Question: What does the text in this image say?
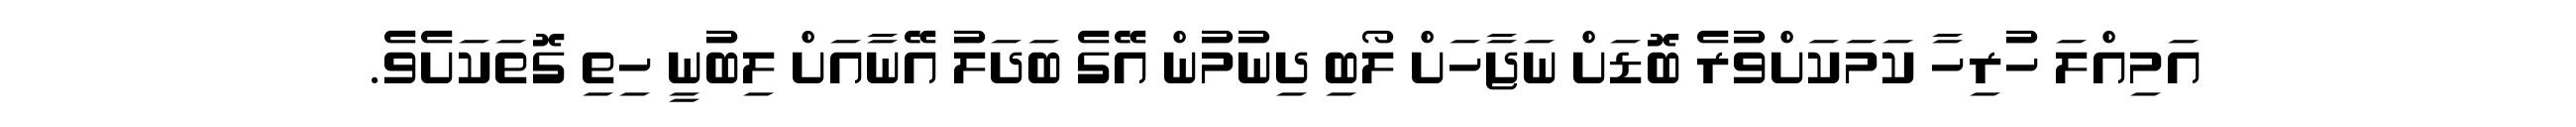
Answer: އަމިއްލަ ހުރިހާ ކަމަކަށްވުރެ ބޮޑަށް ނަޖާހަށް ލޯބި ދިނުމުން އޭގެ ބަދަލު އޭނާއަށް ލިބުނީ ހިތި ގޮތަކަށެވެ.